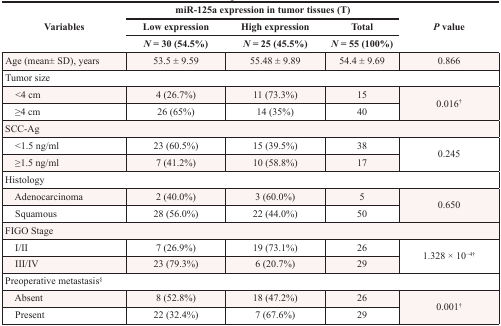
<table><thead><tr><td rowspan="3"><b>Variables</b></td><td colspan="3"><b>miR-125a expression in tumor tissues (T)</b></td><td rowspan="3"><b><i>P</i> value</b></td></tr><tr><td><b>Low expression</b></td><td><b>High expression</b></td><td><b>Total</b></td></tr><tr><td><b><i>N</i> = 30 (54.5%)</b></td><td><b><i>N</i> = 25 (45.5%)</b></td><td><b><i>N</i> = 55 (100%)</b></td></tr></thead><tbody><tr><td>Age (mean± SD), years</td><td>53.5 ± 9.59</td><td>55.48 ± 9.89</td><td>54.4 ± 9.69</td><td>0.866</td></tr><tr><td colspan="5">Tumor size</td></tr><tr><td> &lt;4 cm</td><td>4 (26.7%)</td><td>11 (73.3%)</td><td>15</td><td rowspan="2">0.016<sup>†</sup></td></tr><tr><td> ≥4 cm</td><td>26 (65%)</td><td>14 (35%)</td><td>40</td></tr><tr><td colspan="5">SCC-Ag</td></tr><tr><td> &lt;1.5 ng/ml</td><td>23 (60.5%)</td><td>15 (39.5%)</td><td>38</td><td rowspan="2">0.245</td></tr><tr><td> ≥1.5 ng/ml</td><td>7 (41.2%)</td><td>10 (58.8%)</td><td>17</td></tr><tr><td colspan="5">Histology</td></tr><tr><td> Adenocarcinoma</td><td>2 (40.0%)</td><td>3 (60.0%)</td><td>5</td><td rowspan="2">0.650</td></tr><tr><td> Squamous</td><td>28 (56.0%)</td><td>22 (44.0%)</td><td>50</td></tr><tr><td colspan="5">FIGO Stage</td></tr><tr><td> I/II</td><td>7 (26.9%)</td><td>19 (73.1%)</td><td>26</td><td rowspan="2">1.328 × 10<sup>−4</sup><sup>†</sup></td></tr><tr><td> III/IV</td><td>23 (79.3%)</td><td>6 (20.7%)</td><td>29</td></tr><tr><td colspan="5">Preoperative metastasis§</td></tr><tr><td> Absent</td><td>8 (52.8%)</td><td>18 (47.2%)</td><td>26</td><td rowspan="2">0.001<sup>†</sup></td></tr><tr><td> Present</td><td>22 (32.4%)</td><td>7 (67.6%)</td><td>29</td></tr></tbody></table>